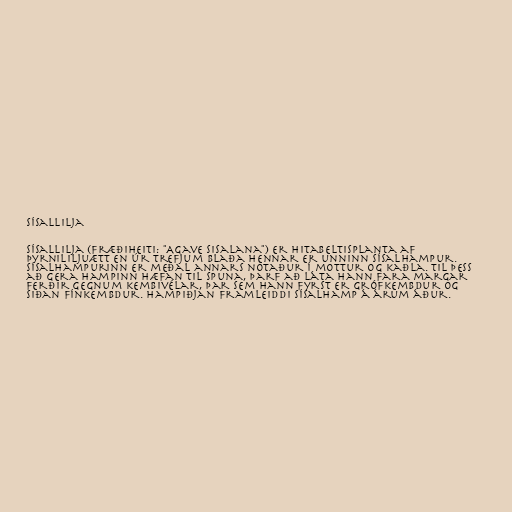
Sísallilja

Sísallilja (fræðiheiti: "Agave sisalana") er hitabeltisplanta af
þyrnililjuætt en úr trefjum blaða hennar er unninn sísalhampur.
Sísalhampurinn er meðal annars notaður í mottur og kaðla. Til þess
að gera hampinn hæfan til spuna, þarf að láta hann fara margar
ferðir gegnum kembivélar, þar sem hann fyrst er grófkembdur og
siðan fínkembdur. Hampiðjan framleiddi sísalhamp á árum áður.